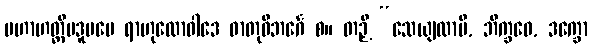
မဟာဟတ္ထိပဒူပမေ ရာဟုလောဝါဒေ ဓာတုဝိဘင်္ဂေ စ။ တဉှိ “သေယျထာပိ, ဘိက္ခဝေ, ဒက္ခော